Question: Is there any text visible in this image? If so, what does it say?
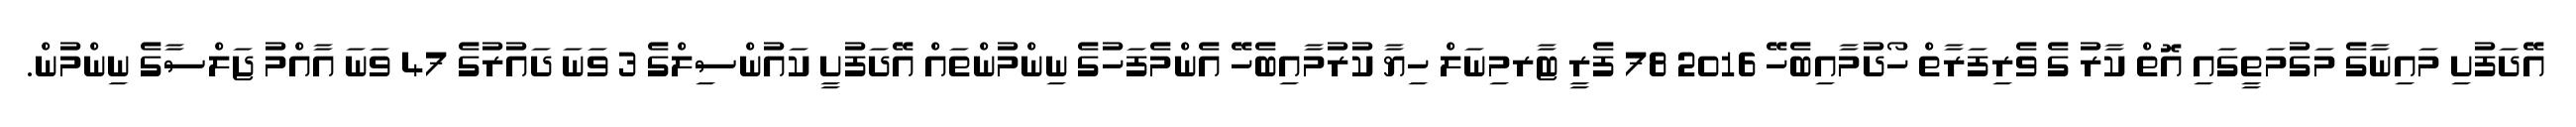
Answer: އޭދަފުށި މައިނާގެ މަގުމަތީގައި އޮތް ކާރު ގެ ވެރިފަރާތް ހޯދުމާއިބެހޭ 2016 78 ފެރީ ޓާރމިނަލް ހިޔާ ކުރުމާއިބެހޭ އެންމެފަހުގެ ނިންމުންތައް އޭދަފުށީ ކައުންސިލްގެ 3 ވަނަ ދައުރުގެ 47 ވަނަ އާއްމު ޖަލްސާގެ ނިންމުން.